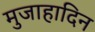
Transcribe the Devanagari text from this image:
मुजाहादिन